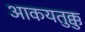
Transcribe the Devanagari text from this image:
आकयतुक्कु